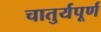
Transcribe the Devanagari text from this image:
चातुर्यपूर्ण